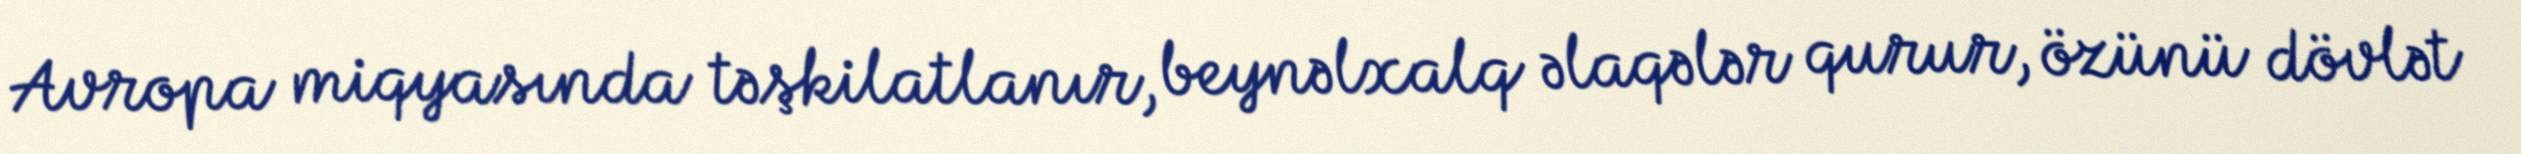
Avropa miqyasında təşkilatlanır, beynəlxalq əlaqələr qurur, özünü dövlət